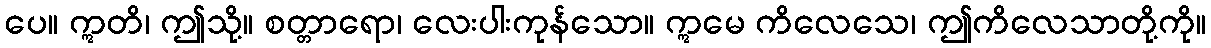
ပေ။ ဣတိ၊ ဤသို့။ စတ္တာရော၊ လေးပါးကုန်သော။ ဣမေ ကိလေသေ၊ ဤကိလေသာတို့ကို။